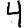
Digit: 4